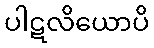
ပါဋလိယောပိ